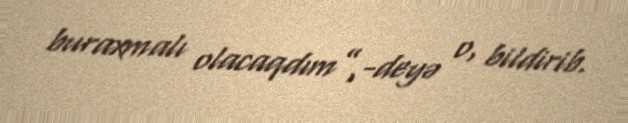
buraxmalı olacaqdım”,-deyə o, bildirib.